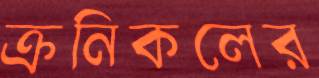
ক্রনিকলের